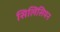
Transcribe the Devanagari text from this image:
सिलिसियन